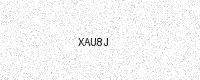
Text: XAU8J